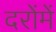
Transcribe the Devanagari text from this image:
दरोंमें